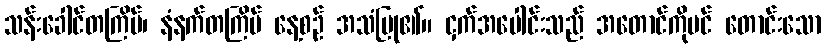
သန်းခေါင်တကြိမ်၊ နံနက်တကြိမ် နေ့စဉ် အသံပြု၏။ ငှက်အပေါင်းသည် အတောင်ကိုပင် တောင်းသော